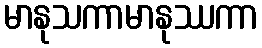
မာနုသကာမာနုဿကာ